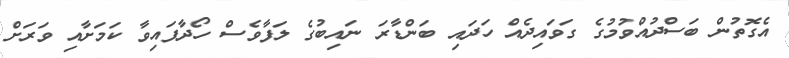
އެގޮތުން ބަސްދުއްވުމުގެ ގަވައިދެއް ހަދައި ބަންޑާރަ ނައިބުގެ ލަފާވެސް ހޯދާފައިވާ ކަމަށާއި ވަރަށް